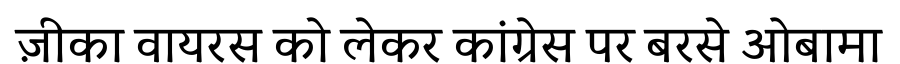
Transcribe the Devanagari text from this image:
ज़ीका वायरस को लेकर कांग्रेस पर बरसे ओबामा